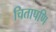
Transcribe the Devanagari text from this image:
चितापणि